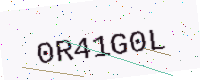
Text: 0R41G0L